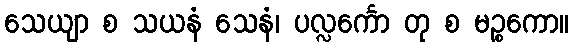
သေယျာ စ သယနံ သေနံ၊ ပလ္လင်္ကော တု စ မဉ္စကော။